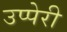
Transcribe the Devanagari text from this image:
उप्पेरी